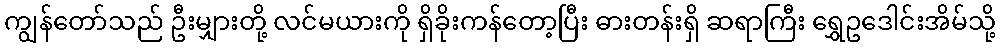
ကျွန်တော်သည် ဦးမျှားတို့ လင်မယားကို ရှိခိုးကန်တော့ပြီး ဓားတန်းရှိ ဆရာကြီး ရွှေဥဒေါင်းအိမ်သို့